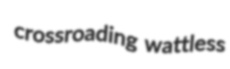
crossroading wattless